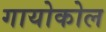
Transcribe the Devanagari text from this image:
गायोकोल